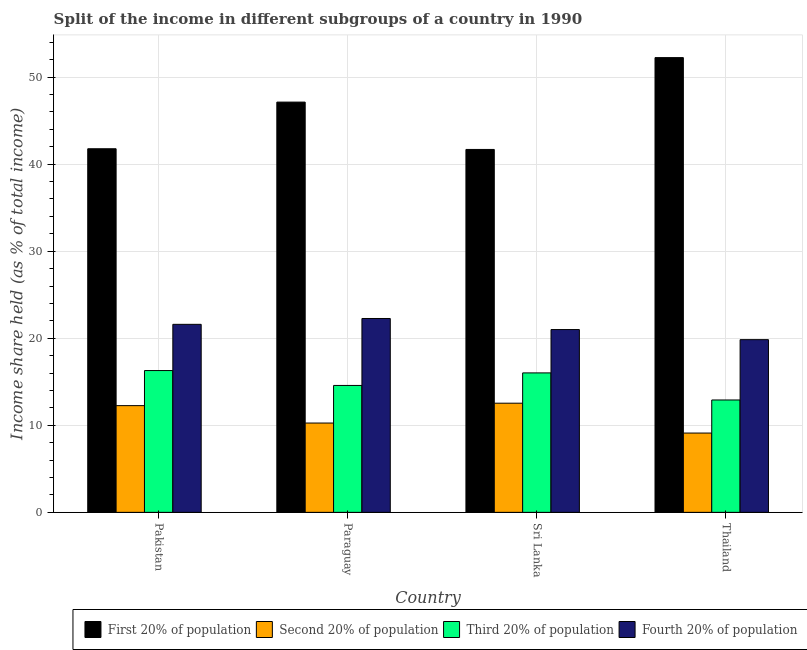
| Country | First 20% of population | Second 20% of population | Third 20% of population | Fourth 20% of population |
 | --- | --- | --- | --- | --- |
 | Pakistan | 41.8 | 12.3 | 16.3 | 21.6 |
 | Paraguay | 47.1 | 10.3 | 14.6 | 22.3 |
 | Sri Lanka | 41.7 | 12.5 | 16 | 21 |
 | Thailand | 52.2 | 9.11 | 12.9 | 19.8 |